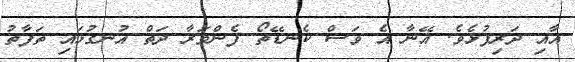
އާއި ދަރިފުޅެވެ. އޭނާ އެ ވަސް ކެނޑޭތޯ ފެންވަރާ ދަތް އުނގުޅައި ތަފާތު